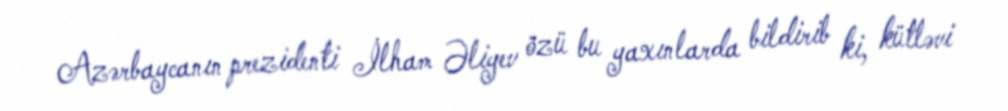
Azərbaycanın prezidenti İlham Əliyev özü bu yaxınlarda bildirib ki, kütləvi